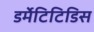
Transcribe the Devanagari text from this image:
डर्मेटिटिडिस